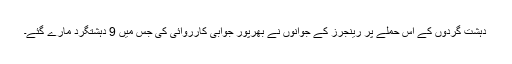
دہشت گردوں کے اس حملے پر رینجرز کے جوانوں نے بھرپور جوابی کارروائی کی جس میں 9 دہشتگرد مارے گئے۔